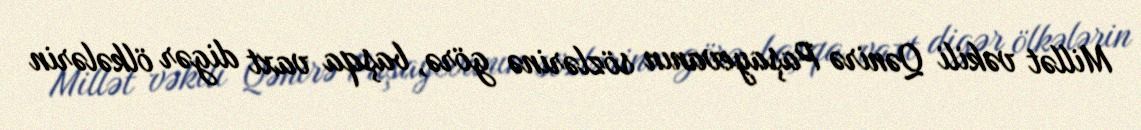
Millət vəkili Qənirə Paşayevanın sözlərinə görə, başqa vaxt digər ölkələrin